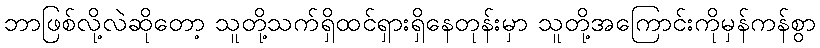
ဘာဖြစ်လို့လဲဆိုတော့ သူတို့သက်ရှိထင်ရှားရှိနေတုန်းမှာ သူတို့အကြောင်းကိုမှန်ကန်စွာ